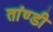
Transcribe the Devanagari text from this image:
तांण्डी